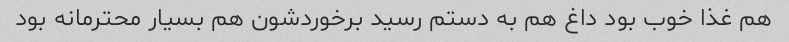
هم غذا خوب بود داغ هم به دستم رسید برخوردشون هم بسیار محترمانه بود